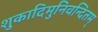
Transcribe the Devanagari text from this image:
शुकादिमुनिवन्दितम्